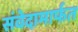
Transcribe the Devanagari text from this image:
संवेदामार्फत